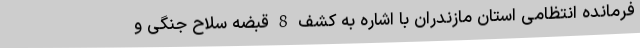
فرمانده انتظامی استان مازندران با اشاره به کشف 8 قبضه سلاح جنگی و